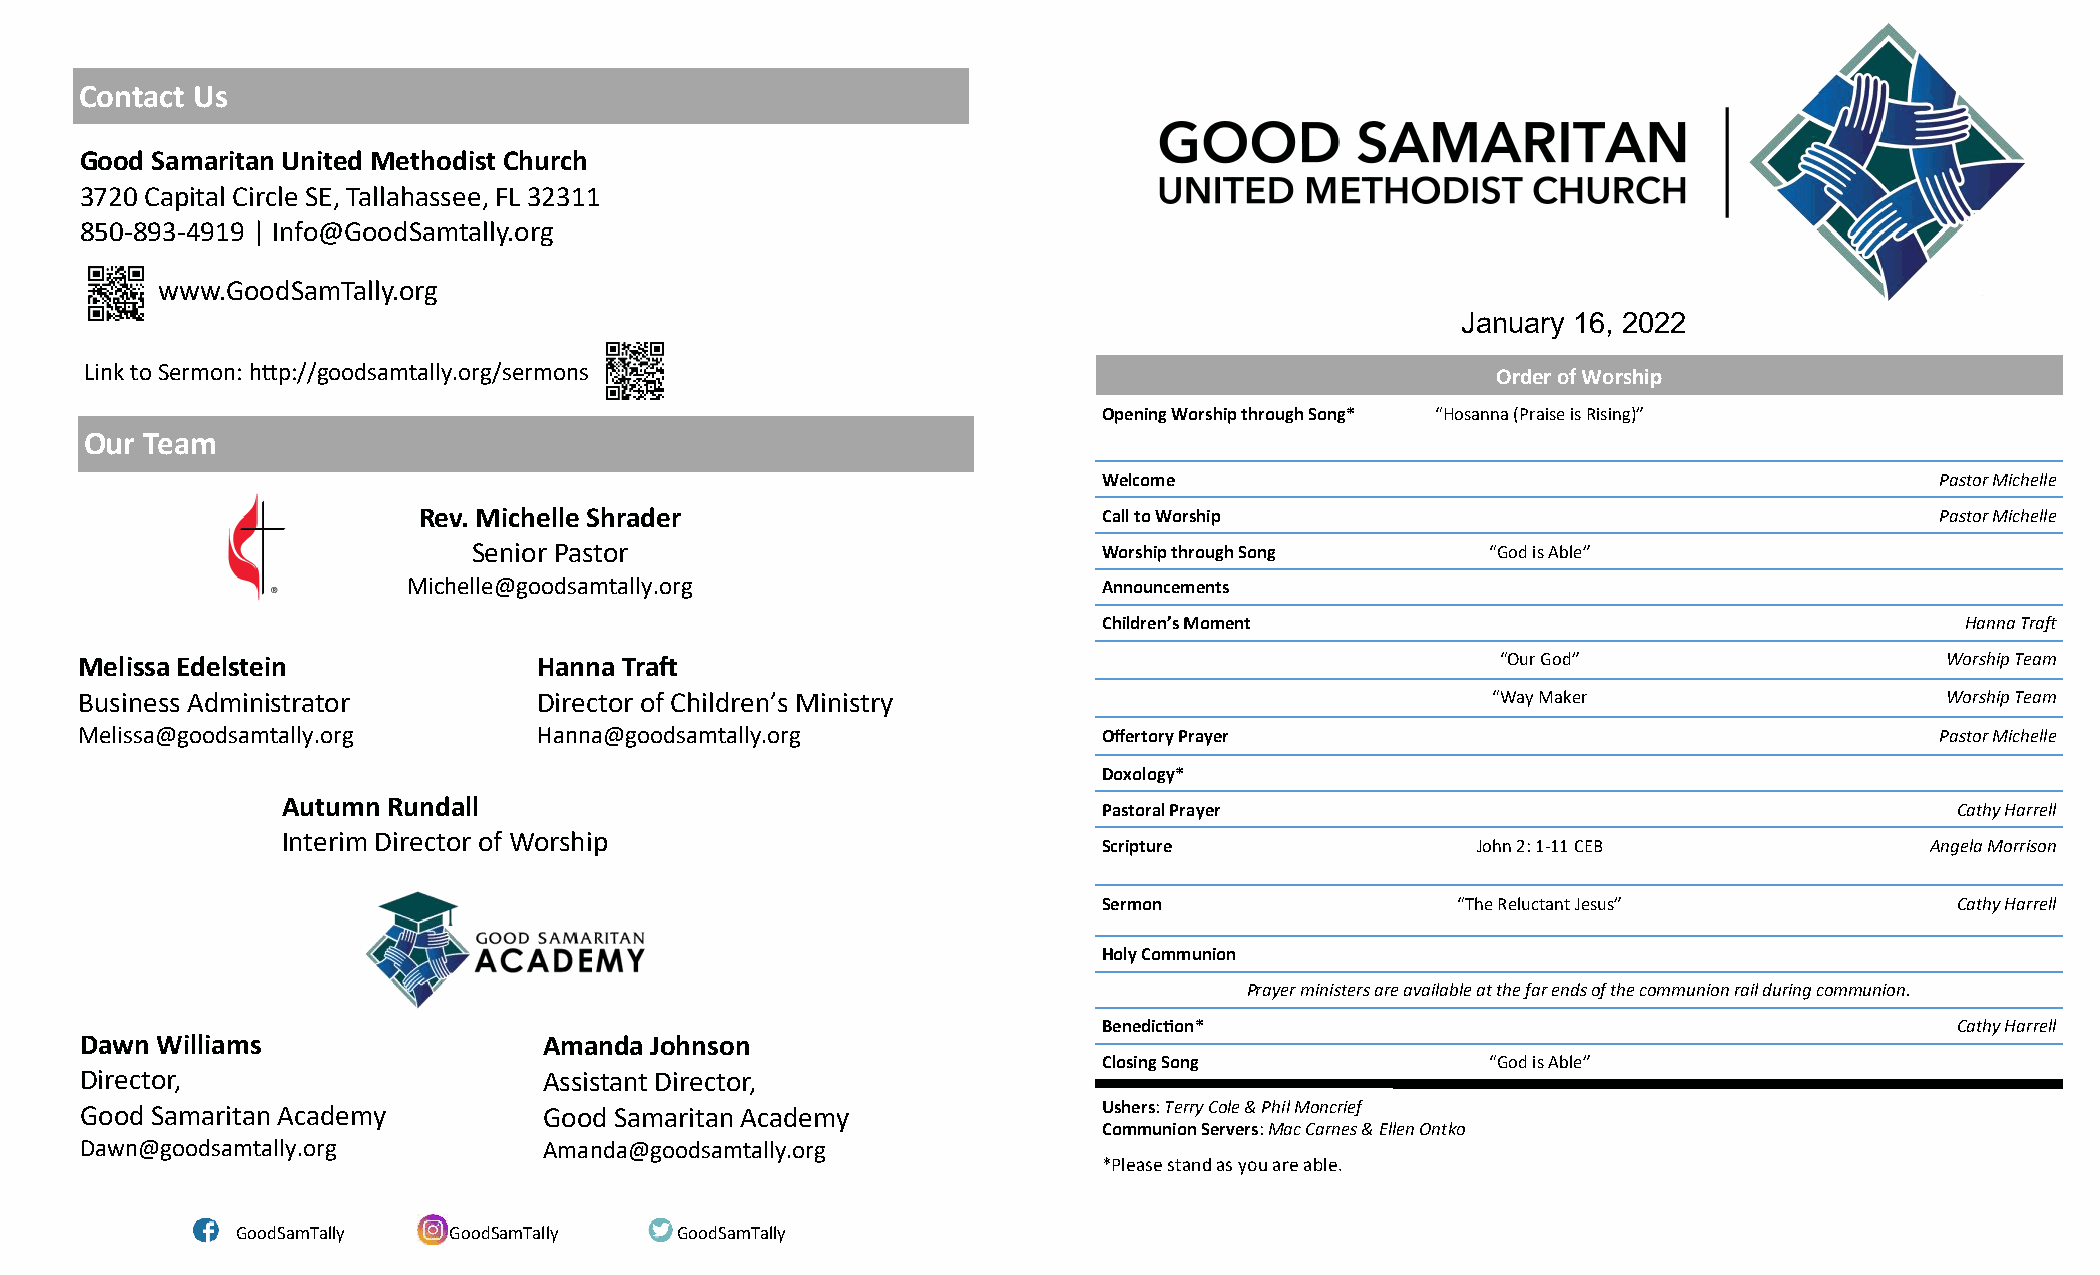
Contact Us
 Good Samaritan United Methodist Church
 3720 Capital Circle SE, Tallahassee, FL 32311
 850-893-4919 | Info@GoodSamtally.org
 www.GoodSamTally.org
 January 16, 2022
 Link to Sermon: http://goodsamtally.org/sermons                                              Order of Worship
 Opening Worship through Song* “Hosanna (Praise is Rising)”
 Our Team
 Welcome                                                Pastor Michelle
 Rev. Michelle Shrader                        Call to Worship                                        Pastor Michelle
 Senior Pastor                             Worship through Song      “God is Able”
 Michelle@goodsamtally.org                     Announcements
 Children’s Moment                                        Hanna Traft
 Melissa Edelstein              Hanna Traft                                                    “Our God”                     Worship Team
 Business Administrator         Director of Children’s Ministry                                “Way Maker                    Worship Team
 Melissa@goodsamtally.org       Hanna@goodsamtally.org               Offertory Prayer                                       Pastor Michelle
 Doxology*
 Autumn Rundall
 Pastoral Prayer                                          Cathy Harrell
 Interim Director of Worship
 Scripture                John 2: 1-11 CEB              Angela Morrison
 Sermon                 “The Reluctant Jesus”             Cathy Harrell
 Holy Communion
 Prayer ministers are available at the far ends of the communion rail during communion.
 Benediction*                                             Cathy Harrell
 Dawn Williams                  Amanda Johnson
 Closing Song              “God is Able”
 Director,                      Assistant Director,
 Good Samaritan Academy         Good Samaritan Academy               Ushers: Terry Cole & Phil Moncrief
 Communion Servers: Mac Carnes & Ellen Ontko
 Dawn@goodsamtally.org          Amanda@goodsamtally.org
 *Please stand as you are able.
 GoodSamTally  GoodSamTally   GoodSamTally